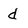
Character: d